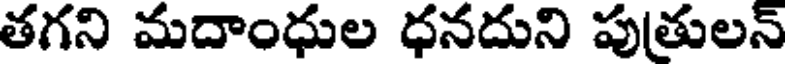
తగని మదాంధుల ధనదుని పుతులన్